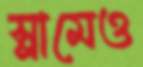
স্লামেও